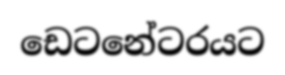
ඩෙටනේටරයට